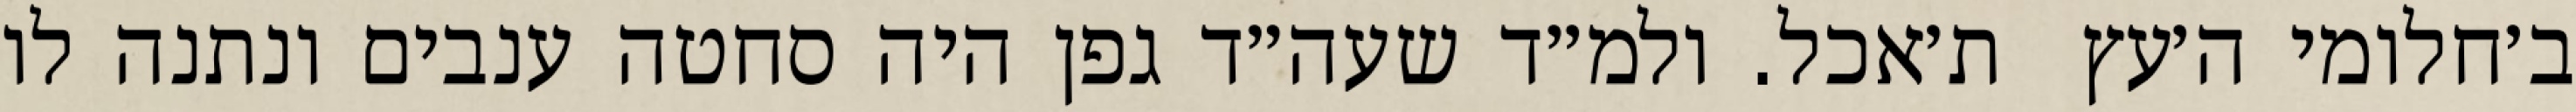
ב׳חלומי ה׳עץ  ת׳אכל. ולמ״ד שעה״ד גפן היה סחטה ענבים ונתנה לו